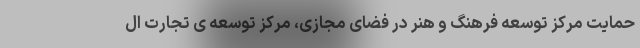
حمایت مرکز توسعه فرهنگ و هنر در فضای مجازی، مرکز توسعه ی تجارت ال